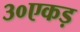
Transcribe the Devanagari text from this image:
३०एकड़